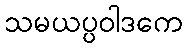
သမယပ္ပဝါဒကေ